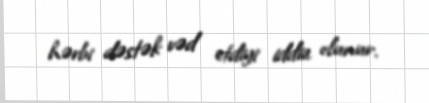
hərbi dəstək vəd etdiyi iddia olunur.